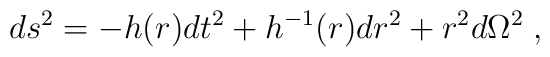
ds^2 = -h(r)dt^2 + h^{-1}(r)dr^2 + r^2 d\Omega^2 \; ,